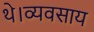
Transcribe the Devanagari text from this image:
थे।व्यवसाय